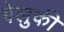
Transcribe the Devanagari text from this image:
बेलुकी